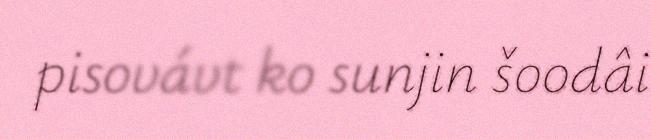
pisovávt ko sunjin šoodâi